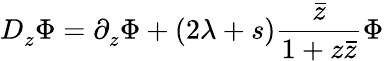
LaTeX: D_{z}^{}\Phi=\partial_{z}^{}\Phi+(2\lambda+s)\frac{\bar{z}}{1+z\bar{z}}\Phi